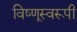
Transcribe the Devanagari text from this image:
विष्णूस्वरूपी